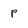
Character: p